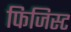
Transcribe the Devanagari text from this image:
फिजिस्ट